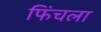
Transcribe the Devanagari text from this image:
फिंचला